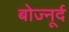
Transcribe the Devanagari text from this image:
बोज्नूर्द